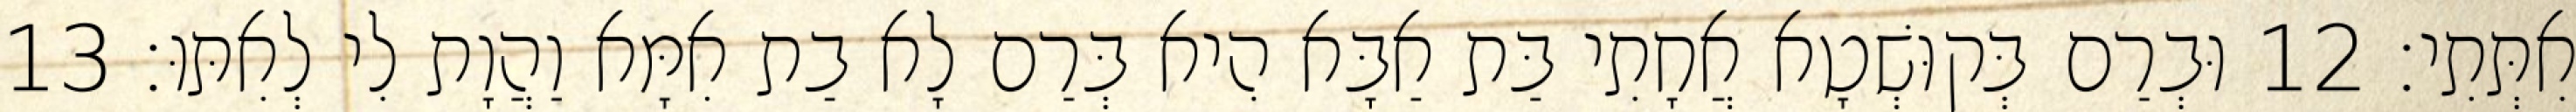
אִתְּתִי׃ 12 וּבְרַם בְּקוּשְׁטָא אֲחָתִי בַּת אַבָּא הִיא בְּרַם לָא בַת אִמָּא וַהֲוָת לִי לְאִתּוּ׃ 13